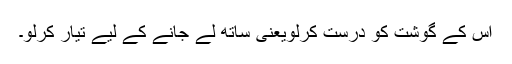
اس کے گوشت کو درست کرلویعنی ساتھ لے جانے کے لیے تیار کرلو۔